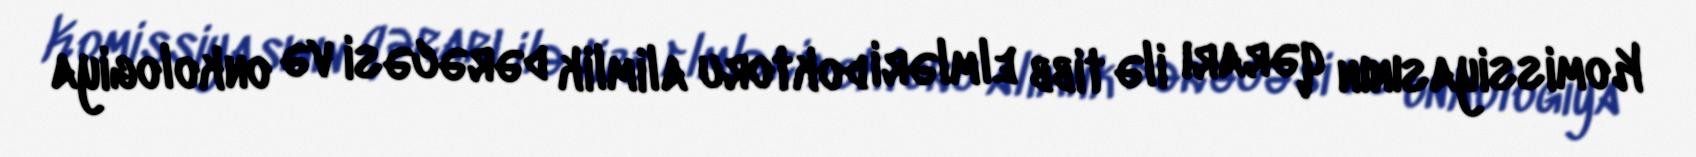
Komissiyasının qərarı ilə tibb elmləri doktoru alimlik dərəcəsi və onkologiya